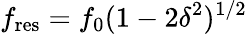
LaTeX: f_{\mathrm{res}}=f_{0}(1-2\delta^{2})^{1/2}